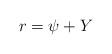
LaTeX: \begin{align*}r = \psi + Y\end{align*}